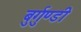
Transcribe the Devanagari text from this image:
बुर्गुण्डी